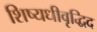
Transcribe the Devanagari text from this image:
शिष्यधीवृद्धिद